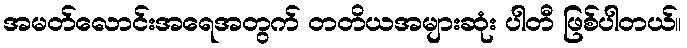
အမတ်လောင်းအရေအတွက် တတိယအများဆုံး ပါတီ ဖြစ်ပါတယ်။